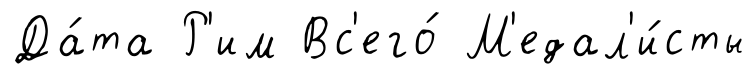
Да́та Р'им Вс'его́ М'едал'и́сты